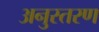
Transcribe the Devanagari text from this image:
अनुस्तरण